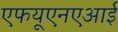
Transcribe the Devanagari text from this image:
एफयूएनएआई